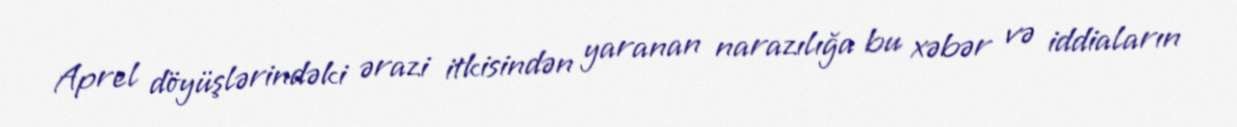
Aprel döyüşlərindəki ərazi itkisindən yaranan narazılığa bu xəbər və iddiaların